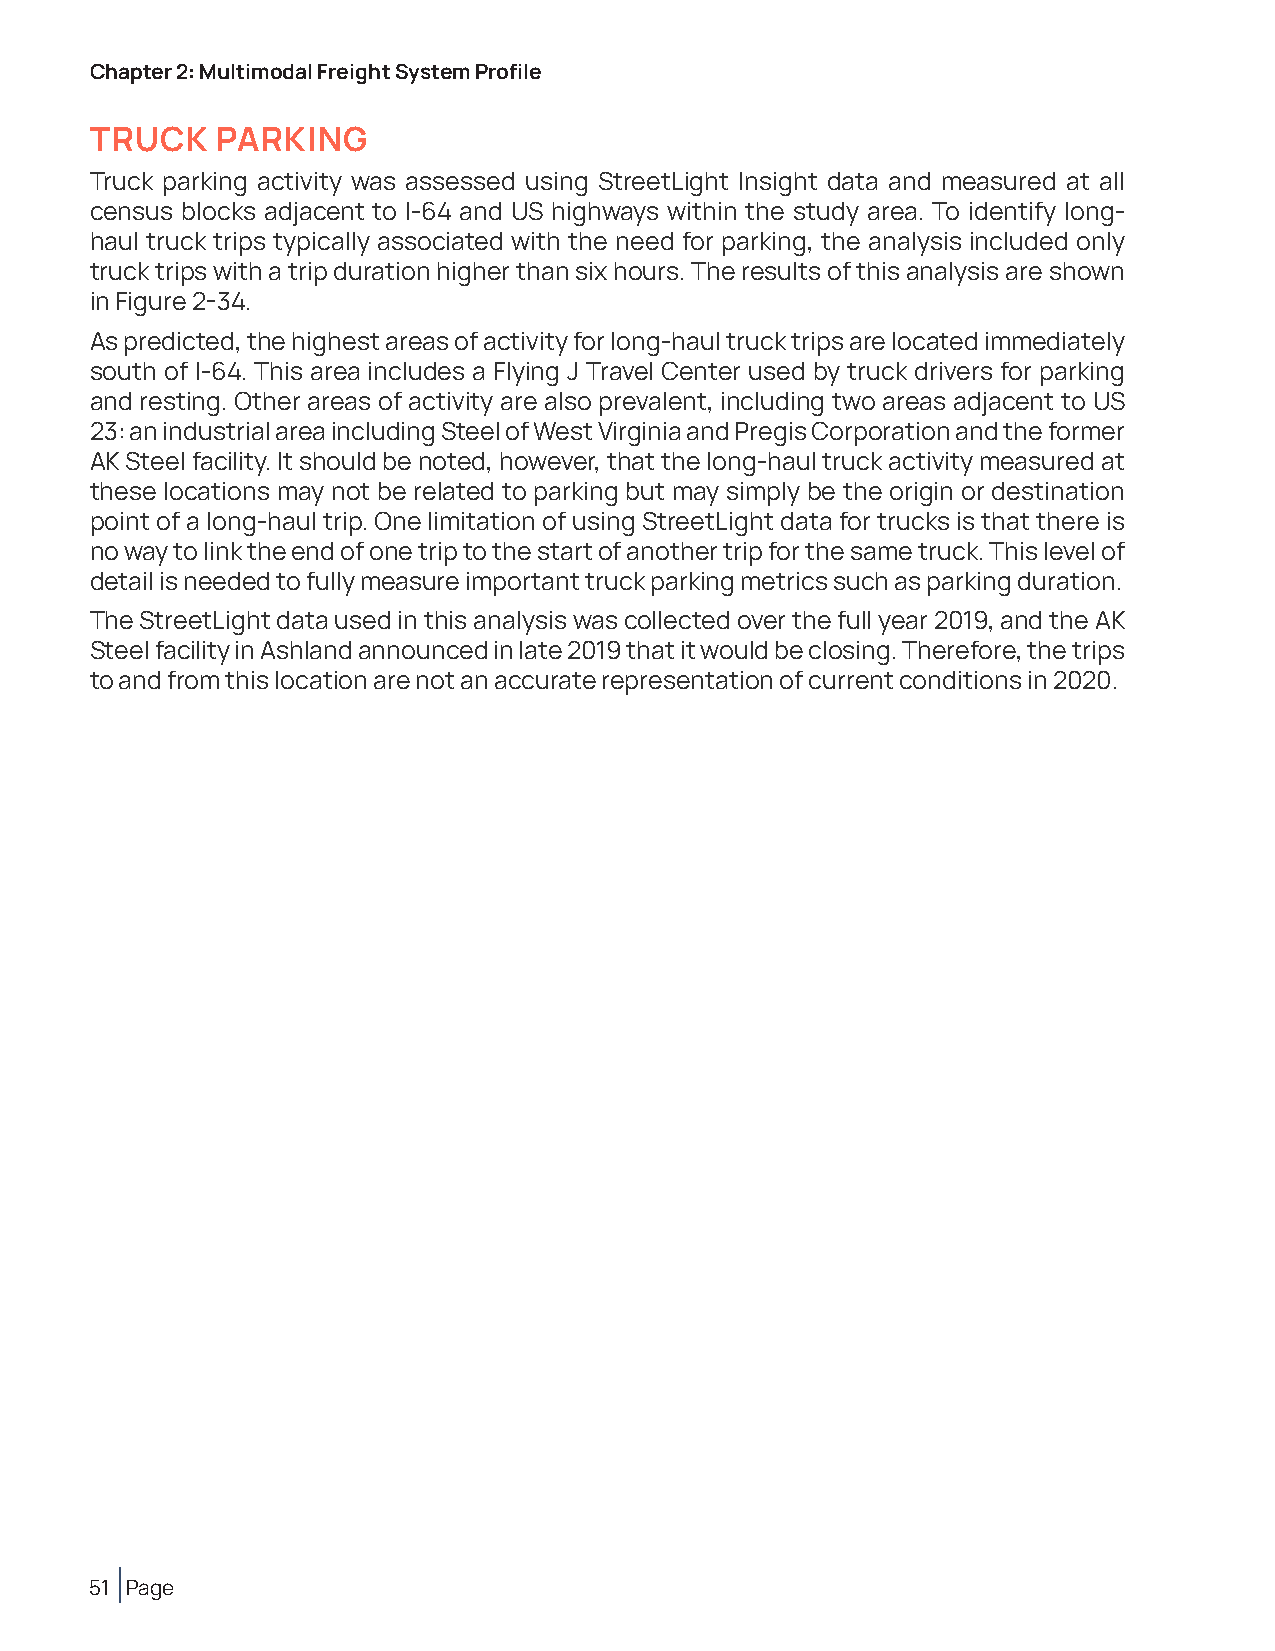
Chapter 2: Multimodal Freight System Profile
 TRUCK   PARKING
 Truck parking activity was assessed using StreetLight Insight data and measured at all
 census blocks adjacent to I-64 and US highways within the study area. To identify long-
 haul truck trips typically associated with the need for parking, the analysis included only
 truck trips with a trip duration higher than six hours. The results of this analysis are shown
 in Figure 2-34.
 As predicted, the highest areas of activity for long-haul truck trips are located immediately
 south of I-64. This area includes a Flying J Travel Center used by truck drivers for parking
 and resting. Other areas of activity are also prevalent, including two areas adjacent to US
 23: an industrial area including Steel of West Virginia and Pregis Corporation and the former
 AK Steel facility. It should be noted, however, that the long-haul truck activity measured at
 these locations may not be related to parking but may simply be the origin or destination
 point of a long-haul trip. One limitation of using StreetLight data for trucks is that there is
 no way to link the end of one trip to the start of another trip for the same truck. This level of
 detail is needed to fully measure important truck parking metrics such as parking duration.
 The StreetLight data used in this analysis was collected over the full year 2019, and the AK
 Steel facility in Ashland announced in late 2019 that it would be closing. Therefore, the trips
 to and from this location are not an accurate representation of current conditions in 2020.
 51 Page